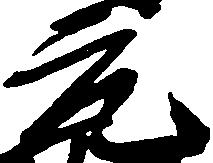
元